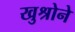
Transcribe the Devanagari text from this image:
खुश्रोने